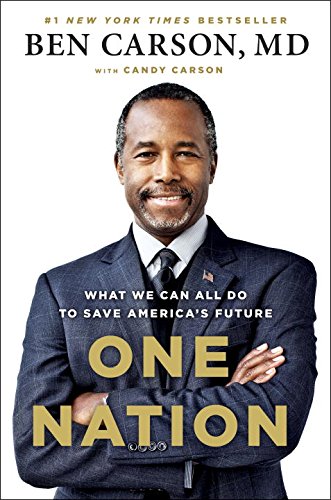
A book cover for One Nation: What We Can All Do to Save America's Future; Ben Carson M.D.; History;